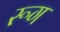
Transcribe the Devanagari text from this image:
रूग